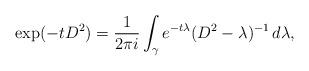
LaTeX: \begin{align*} \exp(-t D^2) = \frac{1}{2 \pi i} \int_\gamma e^{-t \lambda} (D^2 - \lambda )^{-1} \, d\lambda,\end{align*}